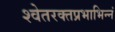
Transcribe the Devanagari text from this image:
श्वेतरक्तप्रभाभिन्नं